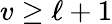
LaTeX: v\geq\ell+1